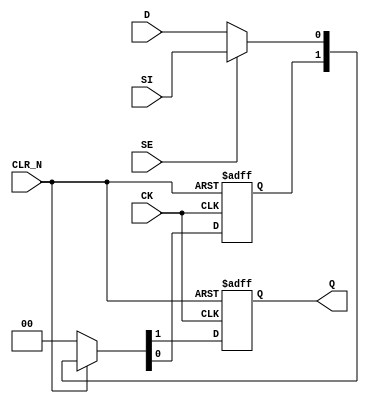
// SPDX-License-Identifier: Apache-2.0
// Copyright (C) 2019 Intel Corporation. 
module aibcr3_ulvt16_2xarstsyncdff1_b2 (CLR_N, CK, D, SE, SI, Q);
    input CLR_N, CK, D, SE, SI;
    output reg Q;
    wire data;
    reg flop_0;

        assign data = SE ?  SI : D ; 
	
	always @(posedge CK or negedge CLR_N)
		if (!CLR_N) {Q,flop_0} <= 0;
		else if (CLR_N) {Q,flop_0} <= {flop_0,data};
		else {Q,flop_0} <= 0;
endmodule